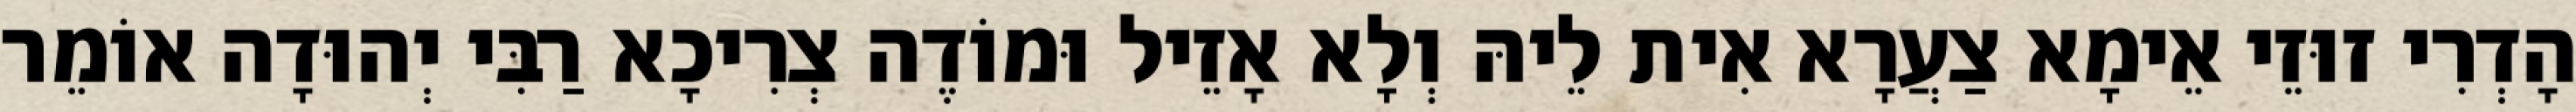
הָדְרִי זוּזֵי אֵימָא צַעֲרָא אִית לֵיהּ וְלָא אָזֵיל וּמוֹדֶה צְרִיכָא רַבִּי יְהוּדָה אוֹמֵר